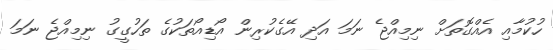
ހުކުމާއި އެއްގޮތަށް ނިމިއްޖެ ނަމަ އަދި އޭގެކުރިން އޯޑިއޯތަކުގެ ތަހުގީގު ނިމިއްޖެ ނަމަ